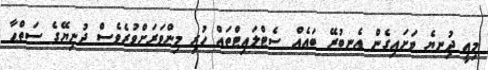
މިއީ ދުިނޔެ ވަށައިގެން އެނބުރޭ ބައެއް ސެޓްލައިޓްތައް ހުރި މިންވަރަށްވުރެވެސް ދުނިޔޭގެ ސަތްޙާ